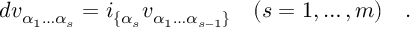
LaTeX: d v _ { \alpha _ { 1 } \dots \alpha _ { s } } = i _ { \{ \alpha _ { s } } v _ { \alpha _ { 1 } \dots \alpha _ { s - 1 } \} } \quad ( s = 1 , \dots , m ) \quad .